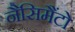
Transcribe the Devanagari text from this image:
नैसिमैंटो